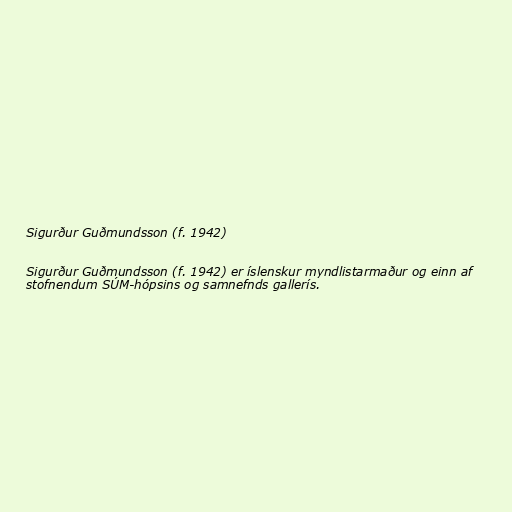
Sigurður Guðmundsson (f. 1942)

Sigurður Guðmundsson (f. 1942) er íslenskur myndlistarmaður og einn af
stofnendum SÚM-hópsins og samnefnds gallerís.